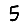
Digit: 5